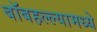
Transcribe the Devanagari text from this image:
बॉबहल्ल्यामध्ये